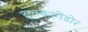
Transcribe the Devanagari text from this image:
सुतकागेंडोर